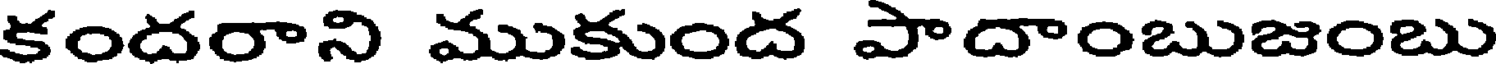
కందరాని ముకుంద పాదాంబుజంబు